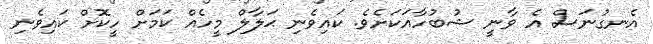
އެނގުނަސް އެ ވާނީ ޝުބުހާއަކަށެވެ. ކައިވެނި ޙަލާލް މީހެއް ކަމަށް ހީކޮށް ކައިވެނި